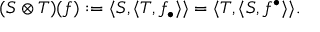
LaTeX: ( S \otimes T ) ( f ) : = \langle S , \langle T , f _ { \bullet } \rangle \rangle = \langle T , \langle S , f ^ { \bullet } \rangle \rangle .